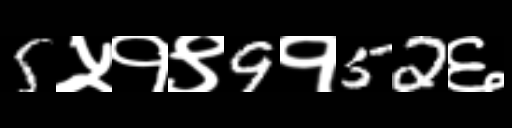
Text: 5५१९9१52६